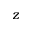
z